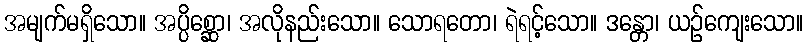
အမျက်မရှိသော။ အပ္ပိစ္ဆော၊ အလိုနည်းသော။ သောရတော၊ ရဲရင့်သော။ ဒန္တော၊ ယဉ်ကျေးသော။